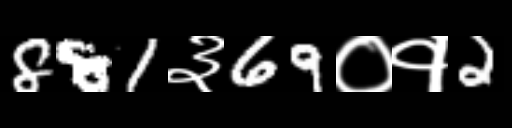
Text: 881३69०१2